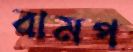
রামপ